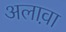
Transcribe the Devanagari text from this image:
अलाव़ा